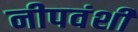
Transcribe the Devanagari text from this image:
नीपवंशी